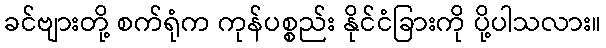
ခင်ဗျားတို့ စက်ရုံက ကုန်ပစ္စည်း နိုင်ငံခြားကို ပို့ပါသလား။